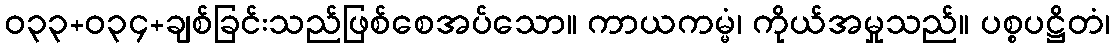
ဝ၃၃+၀၃၄+ချစ်ခြင်းသည်ဖြစ်စေအပ်သော။ ကာယကမ္မံ၊ ကိုယ်အမှုသည်။ ပစ္စပဋ္ဌိတံ၊